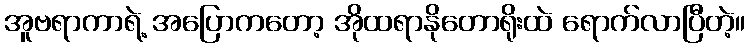
အူဗရာကာရဲ့ အပြောကတော့ အိုထရာနိုတောရိုးထဲ ရောက်လာပြီတဲ့။